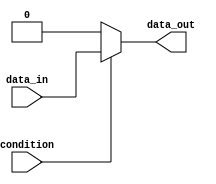
module if_else_statement (
    input wire condition,
    input wire data_in,
    output wire data_out
);

reg data_out;

always @(*)
begin
    if (condition)
    begin
        // Code block to be executed if condition is true
        data_out = data_in;
    end
    else
    begin
        // Code block to be executed if condition is false
        data_out = 0;
    end
end

endmodule